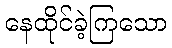
နေထိုင်ခဲ့ကြသော